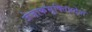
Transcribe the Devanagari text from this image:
जेजाकभुक्तिप्रदेश